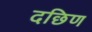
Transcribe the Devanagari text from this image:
दछिण